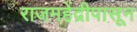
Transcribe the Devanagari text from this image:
राजमहेंद्रीपासून